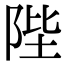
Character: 陛